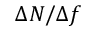
\Delta N / \Delta f